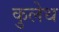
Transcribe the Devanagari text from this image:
कुलेथ